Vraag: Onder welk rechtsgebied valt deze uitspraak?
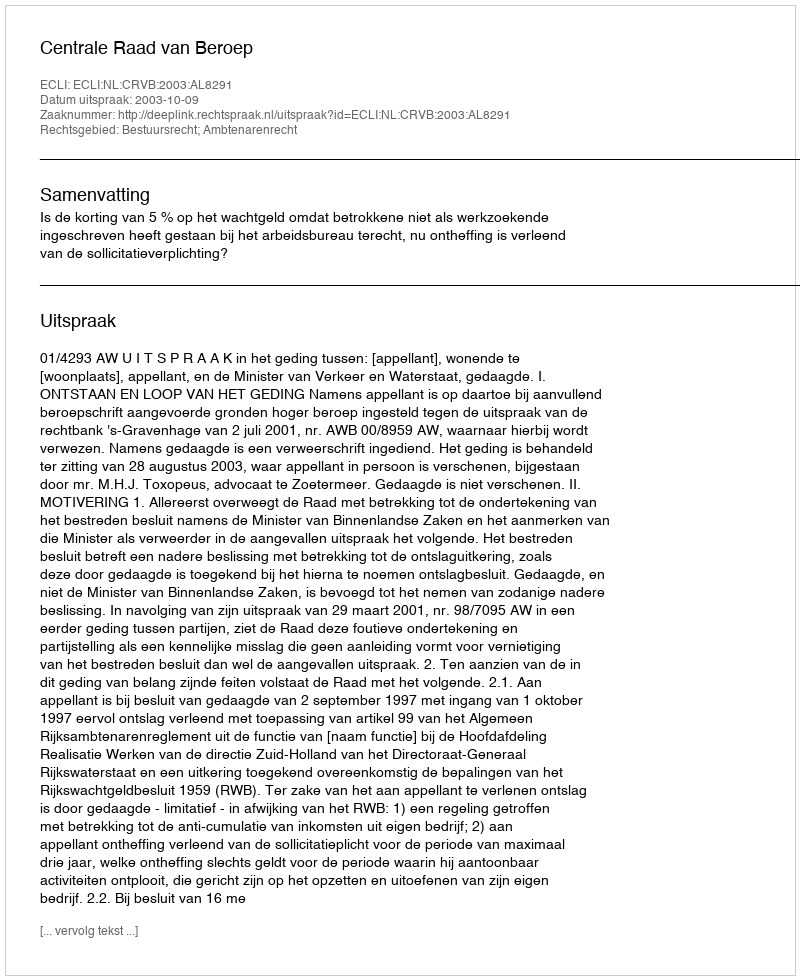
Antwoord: Bestuursrecht; Ambtenarenrecht